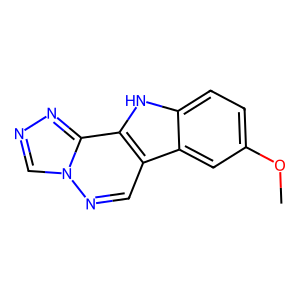
SMILES: COc1ccc2[nH]c3c(cnn4cnnc34)c2c1
Inhibits HIV replication: No